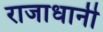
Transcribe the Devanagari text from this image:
राजाधानी